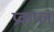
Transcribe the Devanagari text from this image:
प्रकप्ल